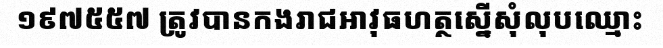
១៩៧៥៥៧ ត្រូវបានកងរាជអាវុធហត្ថស្នើសុំលុបឈ្មោះ